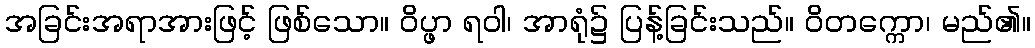
အခြင်းအရာအားဖြင့် ဖြစ်သော။ ဝိပ္ဖာ ရဝါ၊ အာရုံ၌ ပြန့်ခြင်းသည်။ ဝိတက္ကော၊ မည်၏။